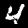
Label: 4